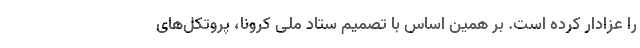
را عزادار کرده است. بر همین اساس با تصمیم ستاد ملی کرونا، پروتکل‌های